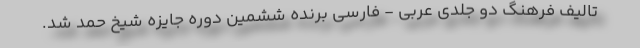
تالیف فرهنگ دو جلدی عربی - فارسی برنده ششمین دوره جایزه شیخ حمد شد.